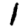
Digit: 1